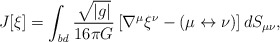
\begin{align*}J[\xi] = \int_{\it bd}\frac{\sqrt{\left| {g} \right|}}{16 \pi G} \left[ \nabla ^{\mu } \xi^{\nu } - (\mu \leftrightarrow \nu)\right] dS_{\mu \nu },\end{align*}